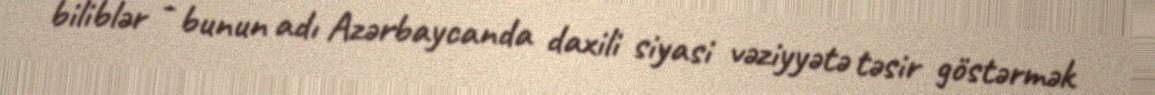
biliblər - bunun adı Azərbaycanda daxili siyasi vəziyyətə təsir göstərmək